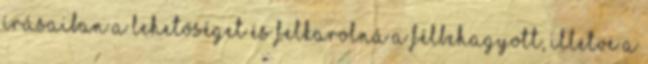
írásaiban a lehetőséget és felkarolná a félbehagyott, illetve a